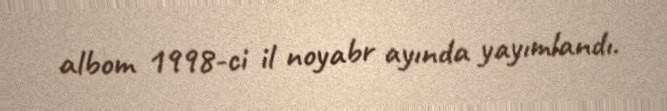
albom 1998-ci il noyabr ayında yayımlandı.